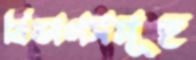
বিভাগসমূহ